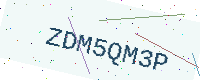
Text: ZDM5QM3P